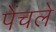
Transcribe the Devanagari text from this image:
पेंचले